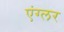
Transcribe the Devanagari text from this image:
एंग्लर